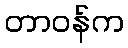
တာဝန်က